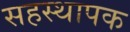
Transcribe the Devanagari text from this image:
सहस्थापक